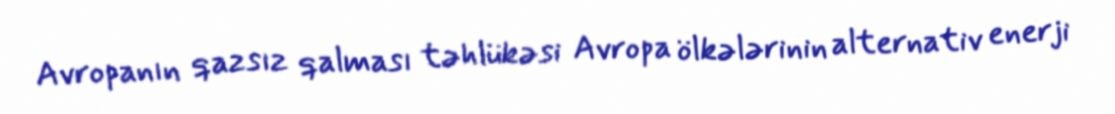
Avropanın qazsız qalması təhlükəsi Avropa ölkələrinin alternativ enerji